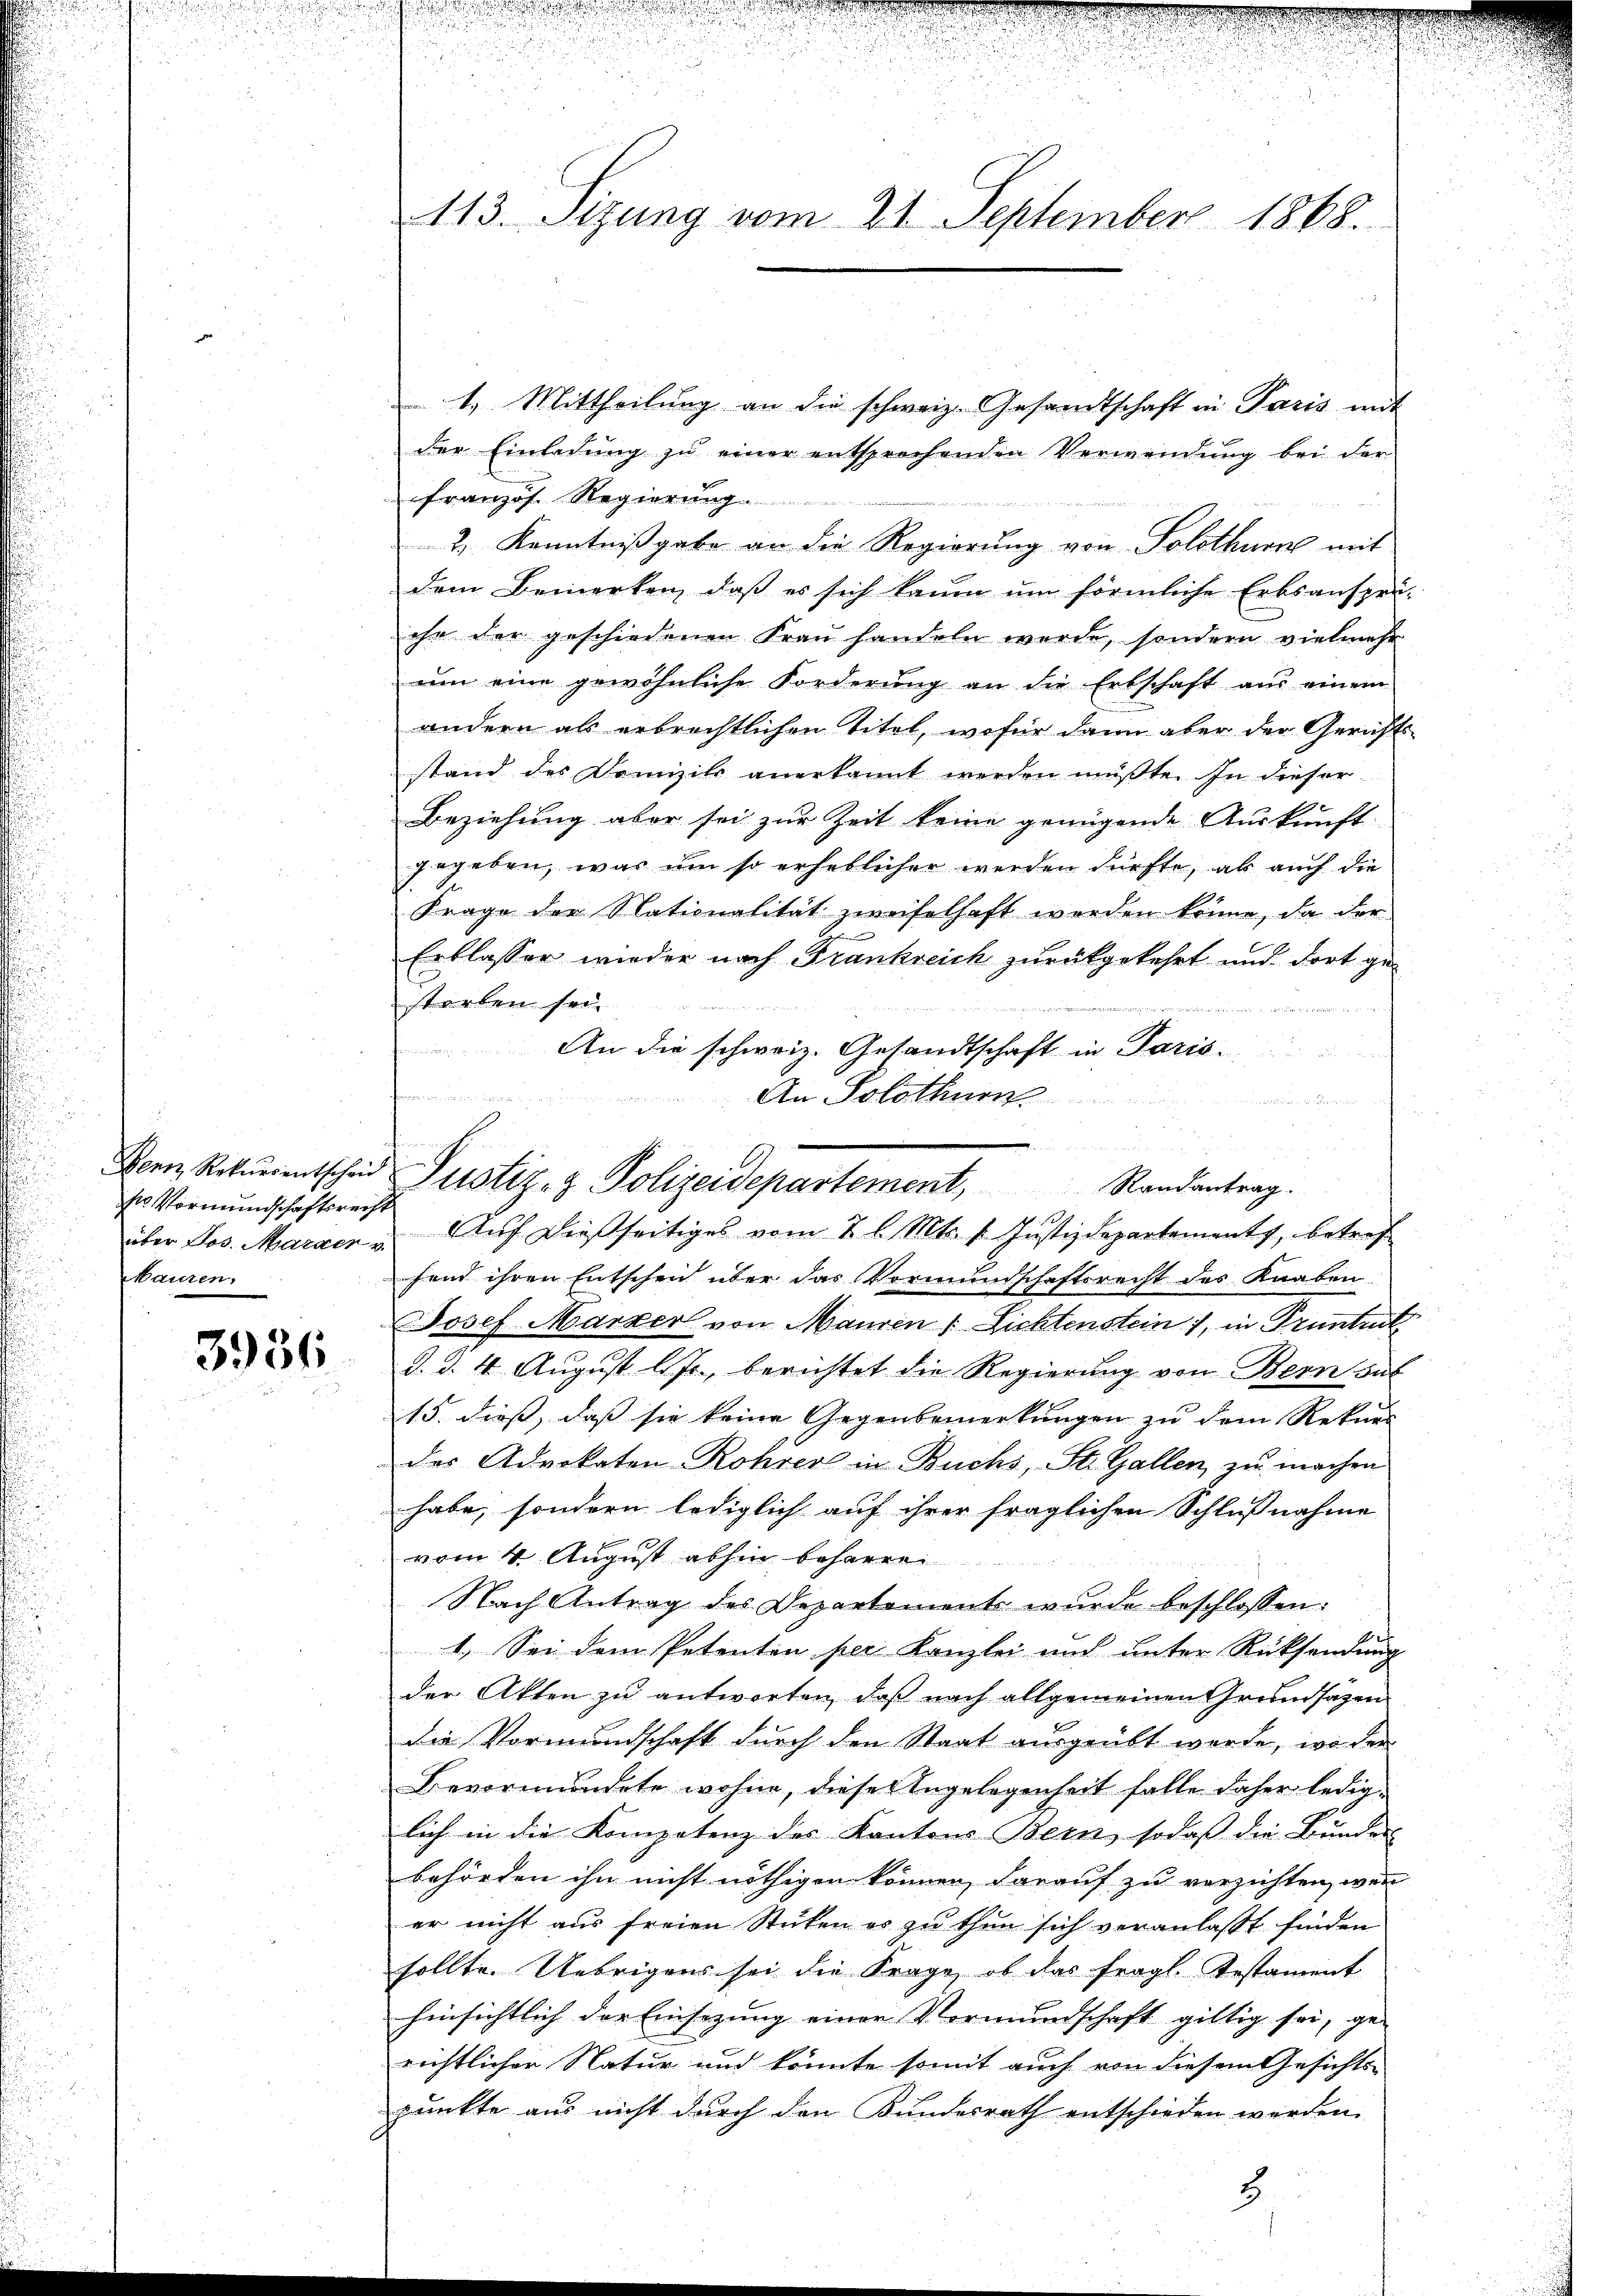
ss Vormundschaftsrecht
Mauren.

3956

113. Sizung vom 21. September 1868.

1. Mittheilŭng an die schweiz. Gesandtschaft in Paris mit
der Einladŭng zŭ einer entsprechenden Verwendŭng bei der
Franzos. Regierung
2) Kenntnißgabe an die Regierung von Solothurn mit
dem Bemerken, daß es sich kaum um förmliche Erbsanspru
ihr der geschiedenen Frau handeln werde, sondern vielmehr
ŭm eine gewöhnliche Forderŭng an die Erbschaft aus einem
andern als erbrechtlichen Titel, wofür dann aber der Gerichts
stand des Domizil anerkannt werden müßte. In dieser
Beziehung aber sei zur Zeit keine genügende Auskunft
gegeben, was um so erheblicher werden dürfte, ab auch die
Frage der Nationalität zweifelhaft werden könne, da der
Erblasser wieder nach Frankreich zurückgekehrt und dort gestorben sei.

An die schweiz. Gesandtschaft in Paris

hend ihren Entschen über das Vormundschaftsrecht des Knaben
Josef Marker von Mauren 1 Lichtenstein), in Pruntert
d. d. 4. August l. Js., berichtet die Regierung von Bern das
15. dieß, daß sie keine Gegenbemerkungen zu dem Rekurs
des Advokaten-Rohrer in Buchs, St. Gallen, zu machen
habe, sondern lediglich auf ihrer fraglichen Schlußnahme
vom 4 August abhin beharre
Nach Antrag des Departements wurde beschlossen:
1. Sei dem Petenten per Kanzlei und unter Rücksendung
der Akten zu antworten, daß nach allgemeinen Grundsätzen
die Vormundschaft durch den Staat ausgeübt werde, wo de
Bevormundete wohne, diese Angelegenheit falle daher lediglich in die Kompetenz des Kantons Bern, sodaß die Bunden
behörden ihn nicht nöthigen können, darauf zu verzichten, wenn
er nicht aus freien Stüken er zu thun sich veranlaßt finden
sollte. Uebrigens sei die Frage, ob das fragl. Testament
hinsichtlich der Einsezung einer Vormundschaft giltig sei, ge-
richtlicher Natur und könnte somit auch von diesem Gesichts-
punkte aus nicht durch den Bundesrath entschieden werden.

s nicht sicht bestehenden u. a. a. a. u. in derseit der in der
An Solothurn

Bern, Rekurrentscheid Justiz- & Polizeidepartement, Randantrag.
1
über Jos. Marzen. Aŭf dießseitiges vom 7 l. Mts. 1. Justizdepartement, betref